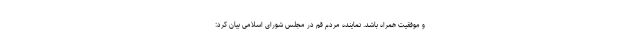
و موفقیت همراه باشد. نماینده مردم قم در مجلس شورای اسلامی بیان کرد: